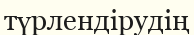
түрлендірудің